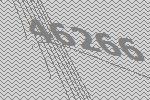
46266